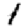
Digit: 1